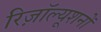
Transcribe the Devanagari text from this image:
रिज़ॉल्यूशनों